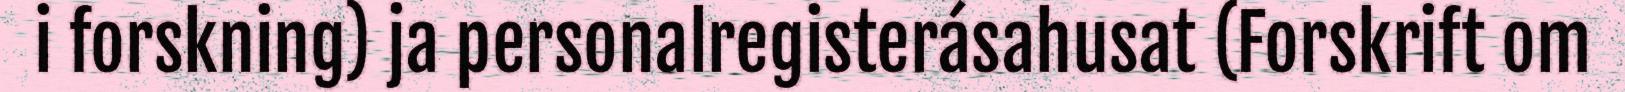
i forskning) ja personalregisterásahusat (Forskrift om